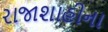
રાજાશાહીના